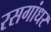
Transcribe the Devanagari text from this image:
रसगांधर